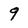
Character: 9